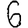
Digit: 6